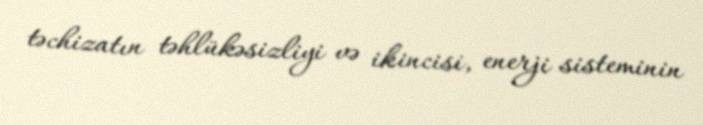
təchizatın təhlükəsizliyi və ikincisi, enerji sisteminin